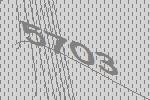
5703